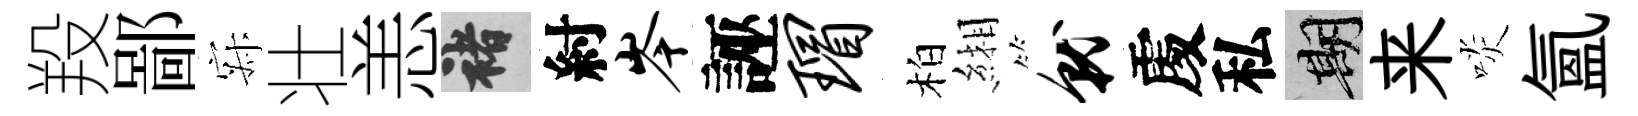
羖鄙寂壮恙褚紂岑誣瑁柏緗就𠁅私期来啖氳